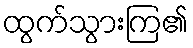
ထွက်သွားကြ၏